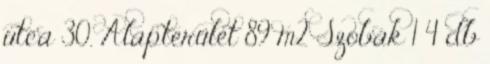
utca 30. Alapterület 89 m2 Szobák 1 4 db